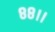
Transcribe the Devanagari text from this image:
८८।।